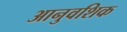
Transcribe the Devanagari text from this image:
आनुवशिक